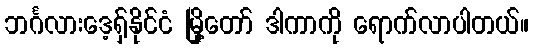
ဘင်္ဂလားဒေ့ရှ်နိုင်ငံ မြို့တော် ဒါကာကို ရောက်လာပါတယ်။